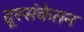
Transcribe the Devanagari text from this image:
दूरसंकेतन